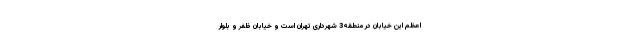
اعظم این خیابان در منطقه3 شهرداری تهران است و خیابان ظفر و بلوار